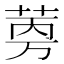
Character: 𬜼